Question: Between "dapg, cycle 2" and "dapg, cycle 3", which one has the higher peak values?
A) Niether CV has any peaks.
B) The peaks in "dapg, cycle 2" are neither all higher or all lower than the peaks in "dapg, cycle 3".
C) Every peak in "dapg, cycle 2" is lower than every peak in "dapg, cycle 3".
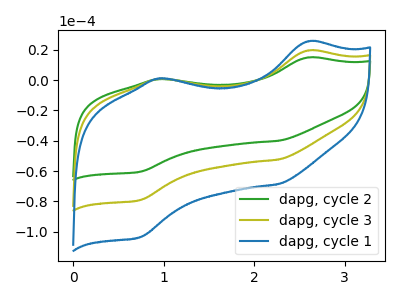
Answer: <think>The green curve "dapg, cycle 2" has anodic peaks at (2.60V, 14.85uA) (0.95V, 0.60uA) and cathodic peaks at (2.25V, -40.00uA) (0.75V, -60.40uA). The olive curve "dapg, cycle 3" has anodic peaks at (2.60V, 19.45uA) (0.95V, 0.80uA) and cathodic peaks at (2.25V, -52.40uA) (0.75V, -79.10uA). The blue curve "dapg, cycle 1" has anodic peaks at (2.60V, 38.90uA) (0.95V, 1.55uA) and cathodic peaks at (2.25V, -104.80uA) (0.75V, -158.15uA).</think>
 <answer>C) Every peak in "dapg, cycle 2" is lower than every peak in "dapg, cycle 3".</answer>
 <eval>C</eval>